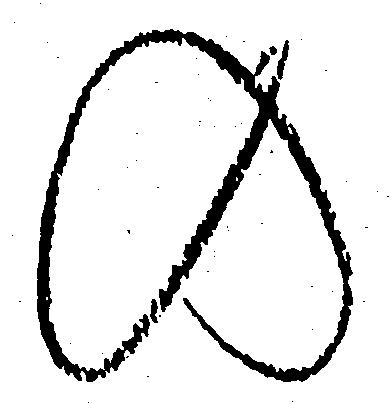
の